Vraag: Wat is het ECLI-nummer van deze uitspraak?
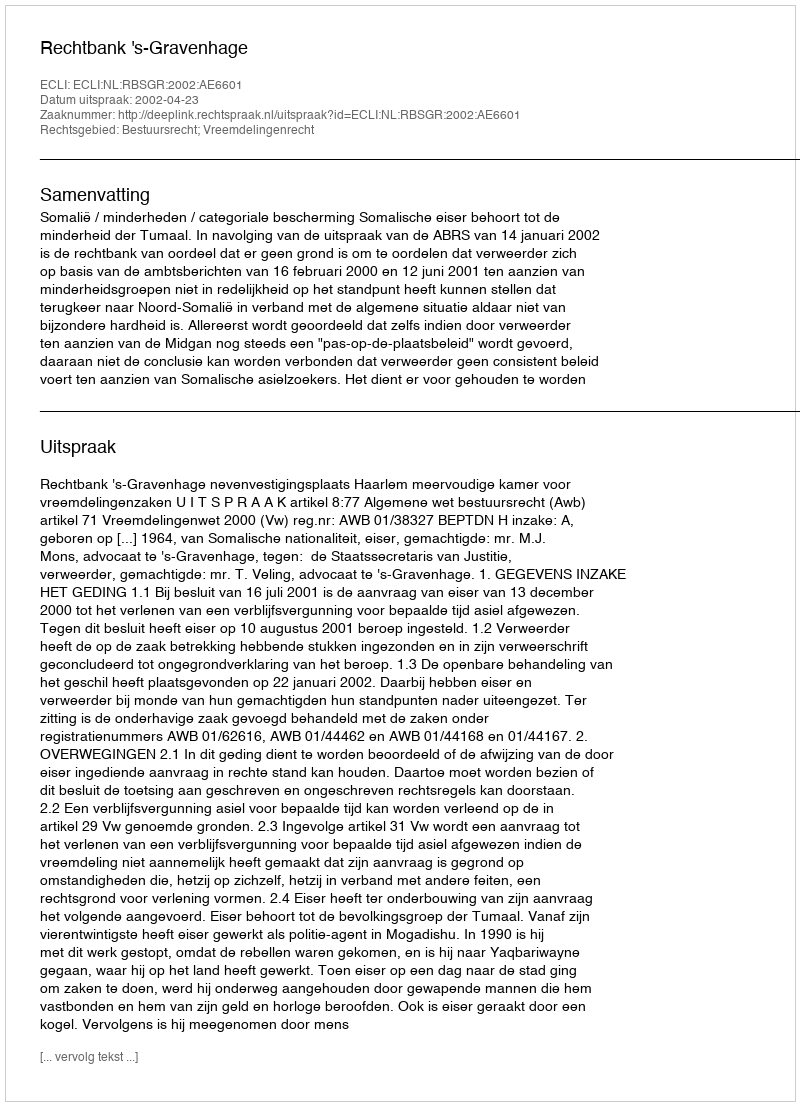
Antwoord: ECLI:NL:RBSGR:2002:AE6601